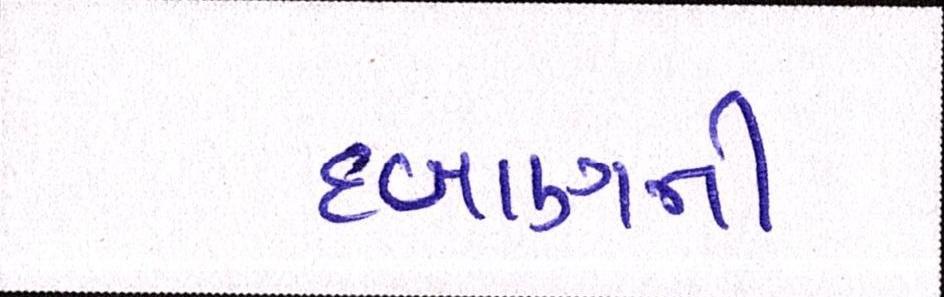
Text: દબાણની